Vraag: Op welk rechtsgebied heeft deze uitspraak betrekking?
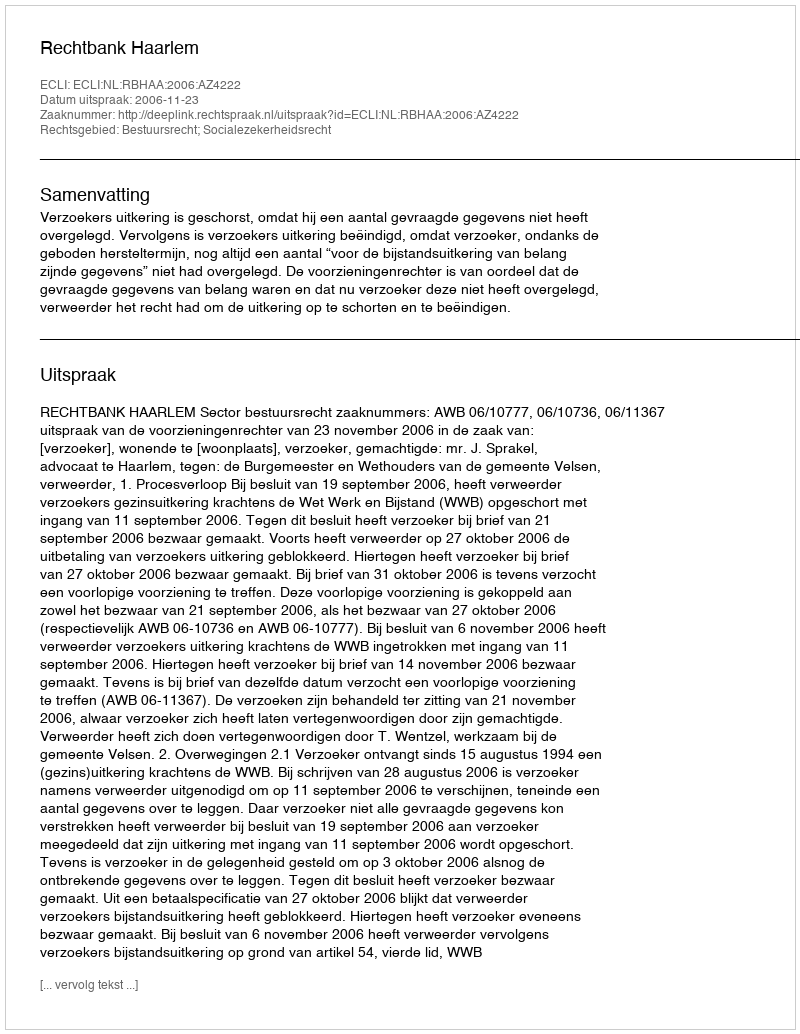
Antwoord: Bestuursrecht; Socialezekerheidsrecht